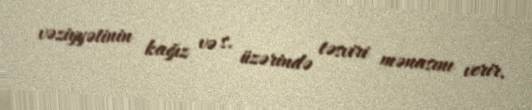
vəziyyətinin kağız və s. üzərində təsviri mənasını verir.